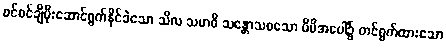
စင်စင်ချီပိုးဆောင်ရွက်နိုင်ခဲသော သီလ သမာဓိ သန္တောသစသော မိမိအပေါ်၌ တင်ရွက်ထားသော